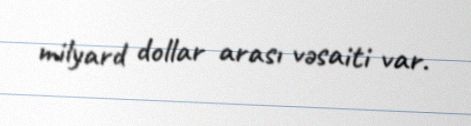
milyard dollar arası vəsaiti var.